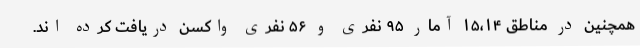
همچنین در مناطق ۱۵،۱۴ آمار ۹۵ نفری و ۵۶ نفری واکسن دریافت کرده اند.